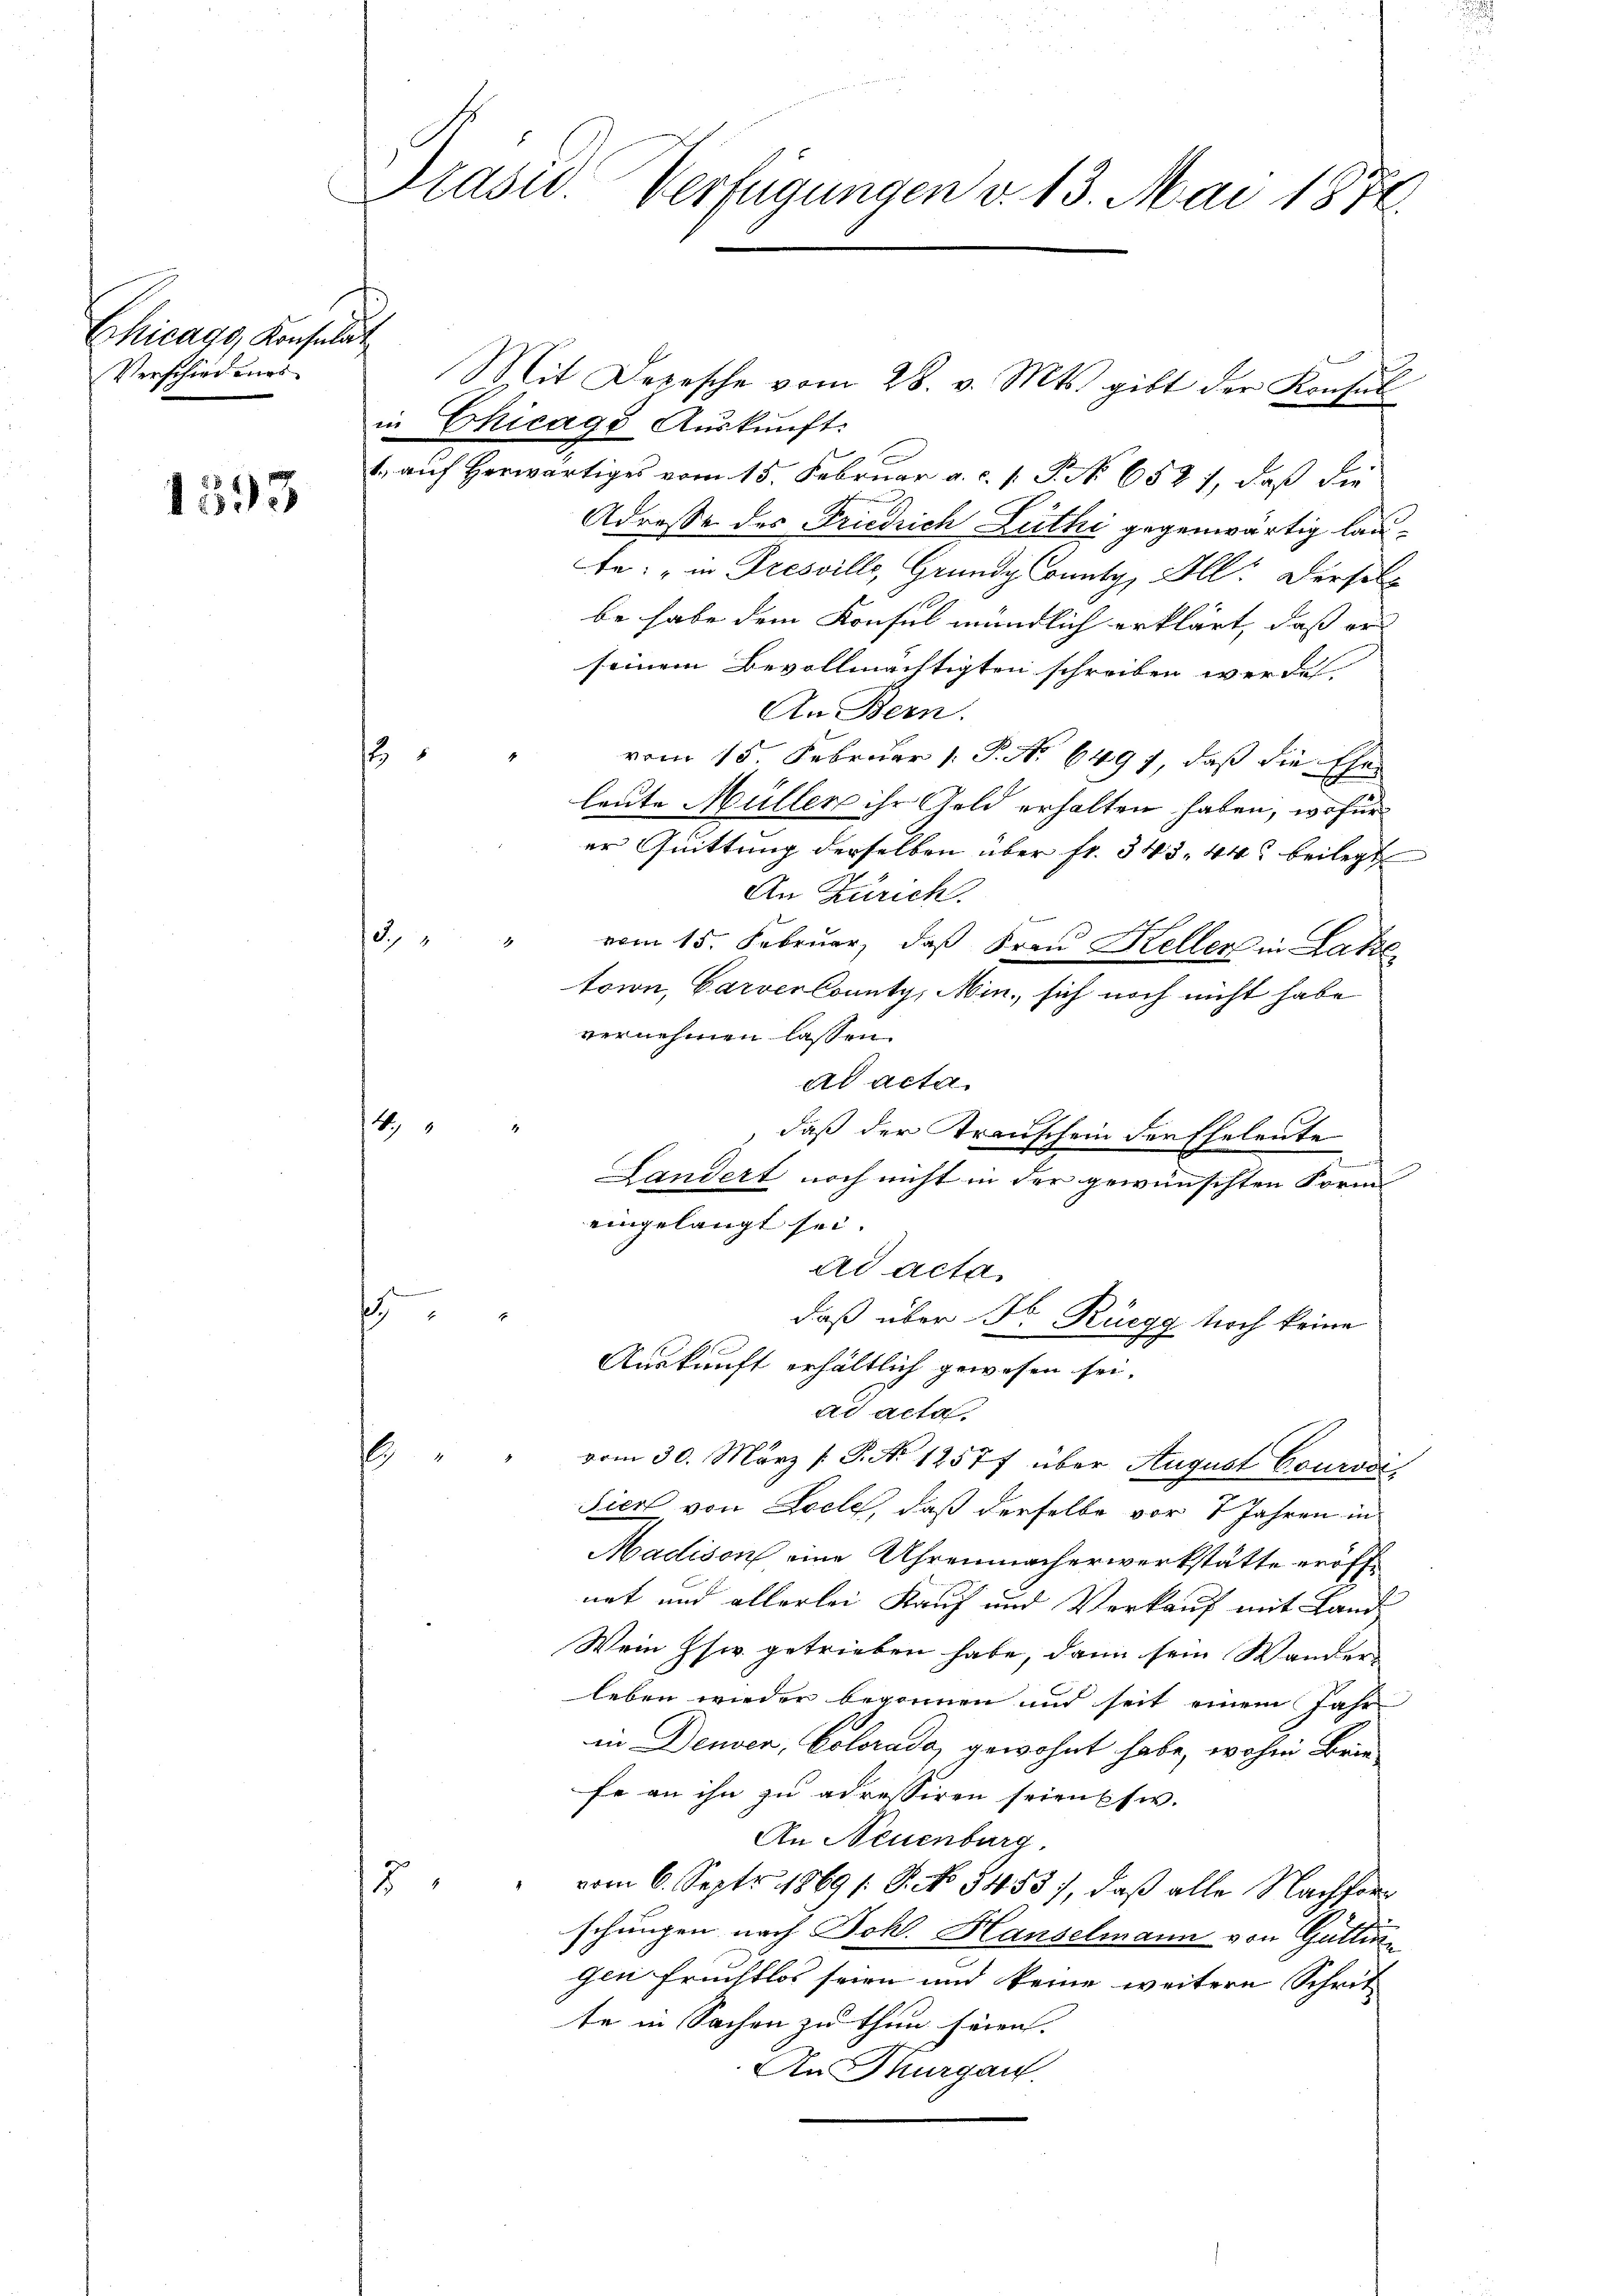
Chicago Konsulat
Verschiedens¬

1593

Prasw. Verfügungen d. 13. Mai 1872.

in Chicago Aŭskŭnft.
1. auf herwärtiges vom 15. Februar a. c. 1. P. Nr. 652, daß die
Adresse des Friedrich Leithi gegenwärtig laute: "in Presville, Grundg County, Ill. Der soll
be habe dem Konsul mündlich erklärt, daß er
seinem Bevollmächtigten schreiben werden.
An Bern.
vom 15. Februar 1. P. No 6497, daß die Ehe-
leute Müller ihr Geld erhalten haben, wofür
er Quittung derselben über fr. 343. 44 beilegt
An Zürich.
3. " " vom 15. Februar, daβ Frau Keller in Late
torn, Carverkounty, Min., sich noch nicht habe
vernehmen lassen.
ad acta
1.
daß der Transchein der Eheleute
Landert noch nicht in der gewünschten Form
eingelangt sei. |
ad acta
A
s
.
daß über Fr. Rüegg noch keine
sig
Auskunft erhältlich gewesen sei,
ad acta.
s
vom 30. März [ P. No 12577 über August Courovi¬
Sien von Loche, daß derselbe vor 7 Jahren in
Madison eine Uhrenmacherwerkstätte eröffnet und allerlei Kauf und Verkauf mit Land
Wein Isi getrieben habe, dann sein Wander
leben wieder begonnen und seit einem Jahr
in Deuber, Colorado, gewohnt habe, wohin Briefe an ihn zu adressiren seienpfw.
An Neuenburg
15
" vom 6. Sept 1869 s. S. No 5453), daß alle Nachforschungen nach Joh. Hanselmann von Gattin
gen Fruchtlos seien und keine weitere Schrit
te in Sachen zu thun seien. |
An Thurgau.

1

4

Mit Depesche vom 28. v. Mts. gibt der Konsŭl